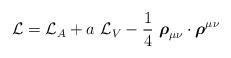
LaTeX: \begin{align*}{\cal{L}}={\cal{L}}_A + a~{\cal{L}}_V -\frac{1}{4}~ \mbox{\boldmath$\rho$}_{\mu\nu}\cdot \mbox{\boldmath$\rho$}^{\mu\nu}\end{align*}